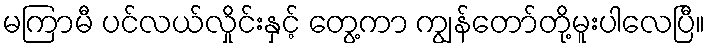
မကြာမီ ပင်လယ်လှိုင်းနှင့် တွေ့ကာ ကျွန်တော်တို့မူးပါလေပြီ။